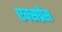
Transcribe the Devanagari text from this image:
एक्‍सप्रैस